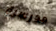
مدرسية